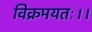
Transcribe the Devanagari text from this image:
विक्रमयतः।।